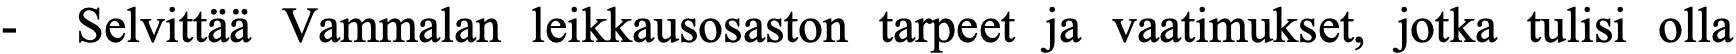
-  Selvittää Vammalan leikkausosaston tarpeet ja vaatimukset, jotka tulisi olla